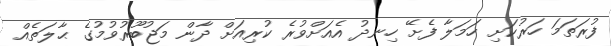
ފުރަތަމަ ހަރުކަށި ހަމަލާ ފެށޭ ހިނދު އެއަށްވުރެ ކުރިއަށް ދާން މަޖުބޫރުވުމުގެ ޙާލަތެއް